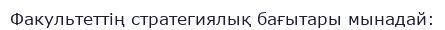
Факультеттің стратегиялық бағытары мынадай: